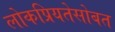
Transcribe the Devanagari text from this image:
लोकप्रियतेसोबत